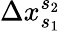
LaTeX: \Delta x_{s_{1}}^{s_{2}}